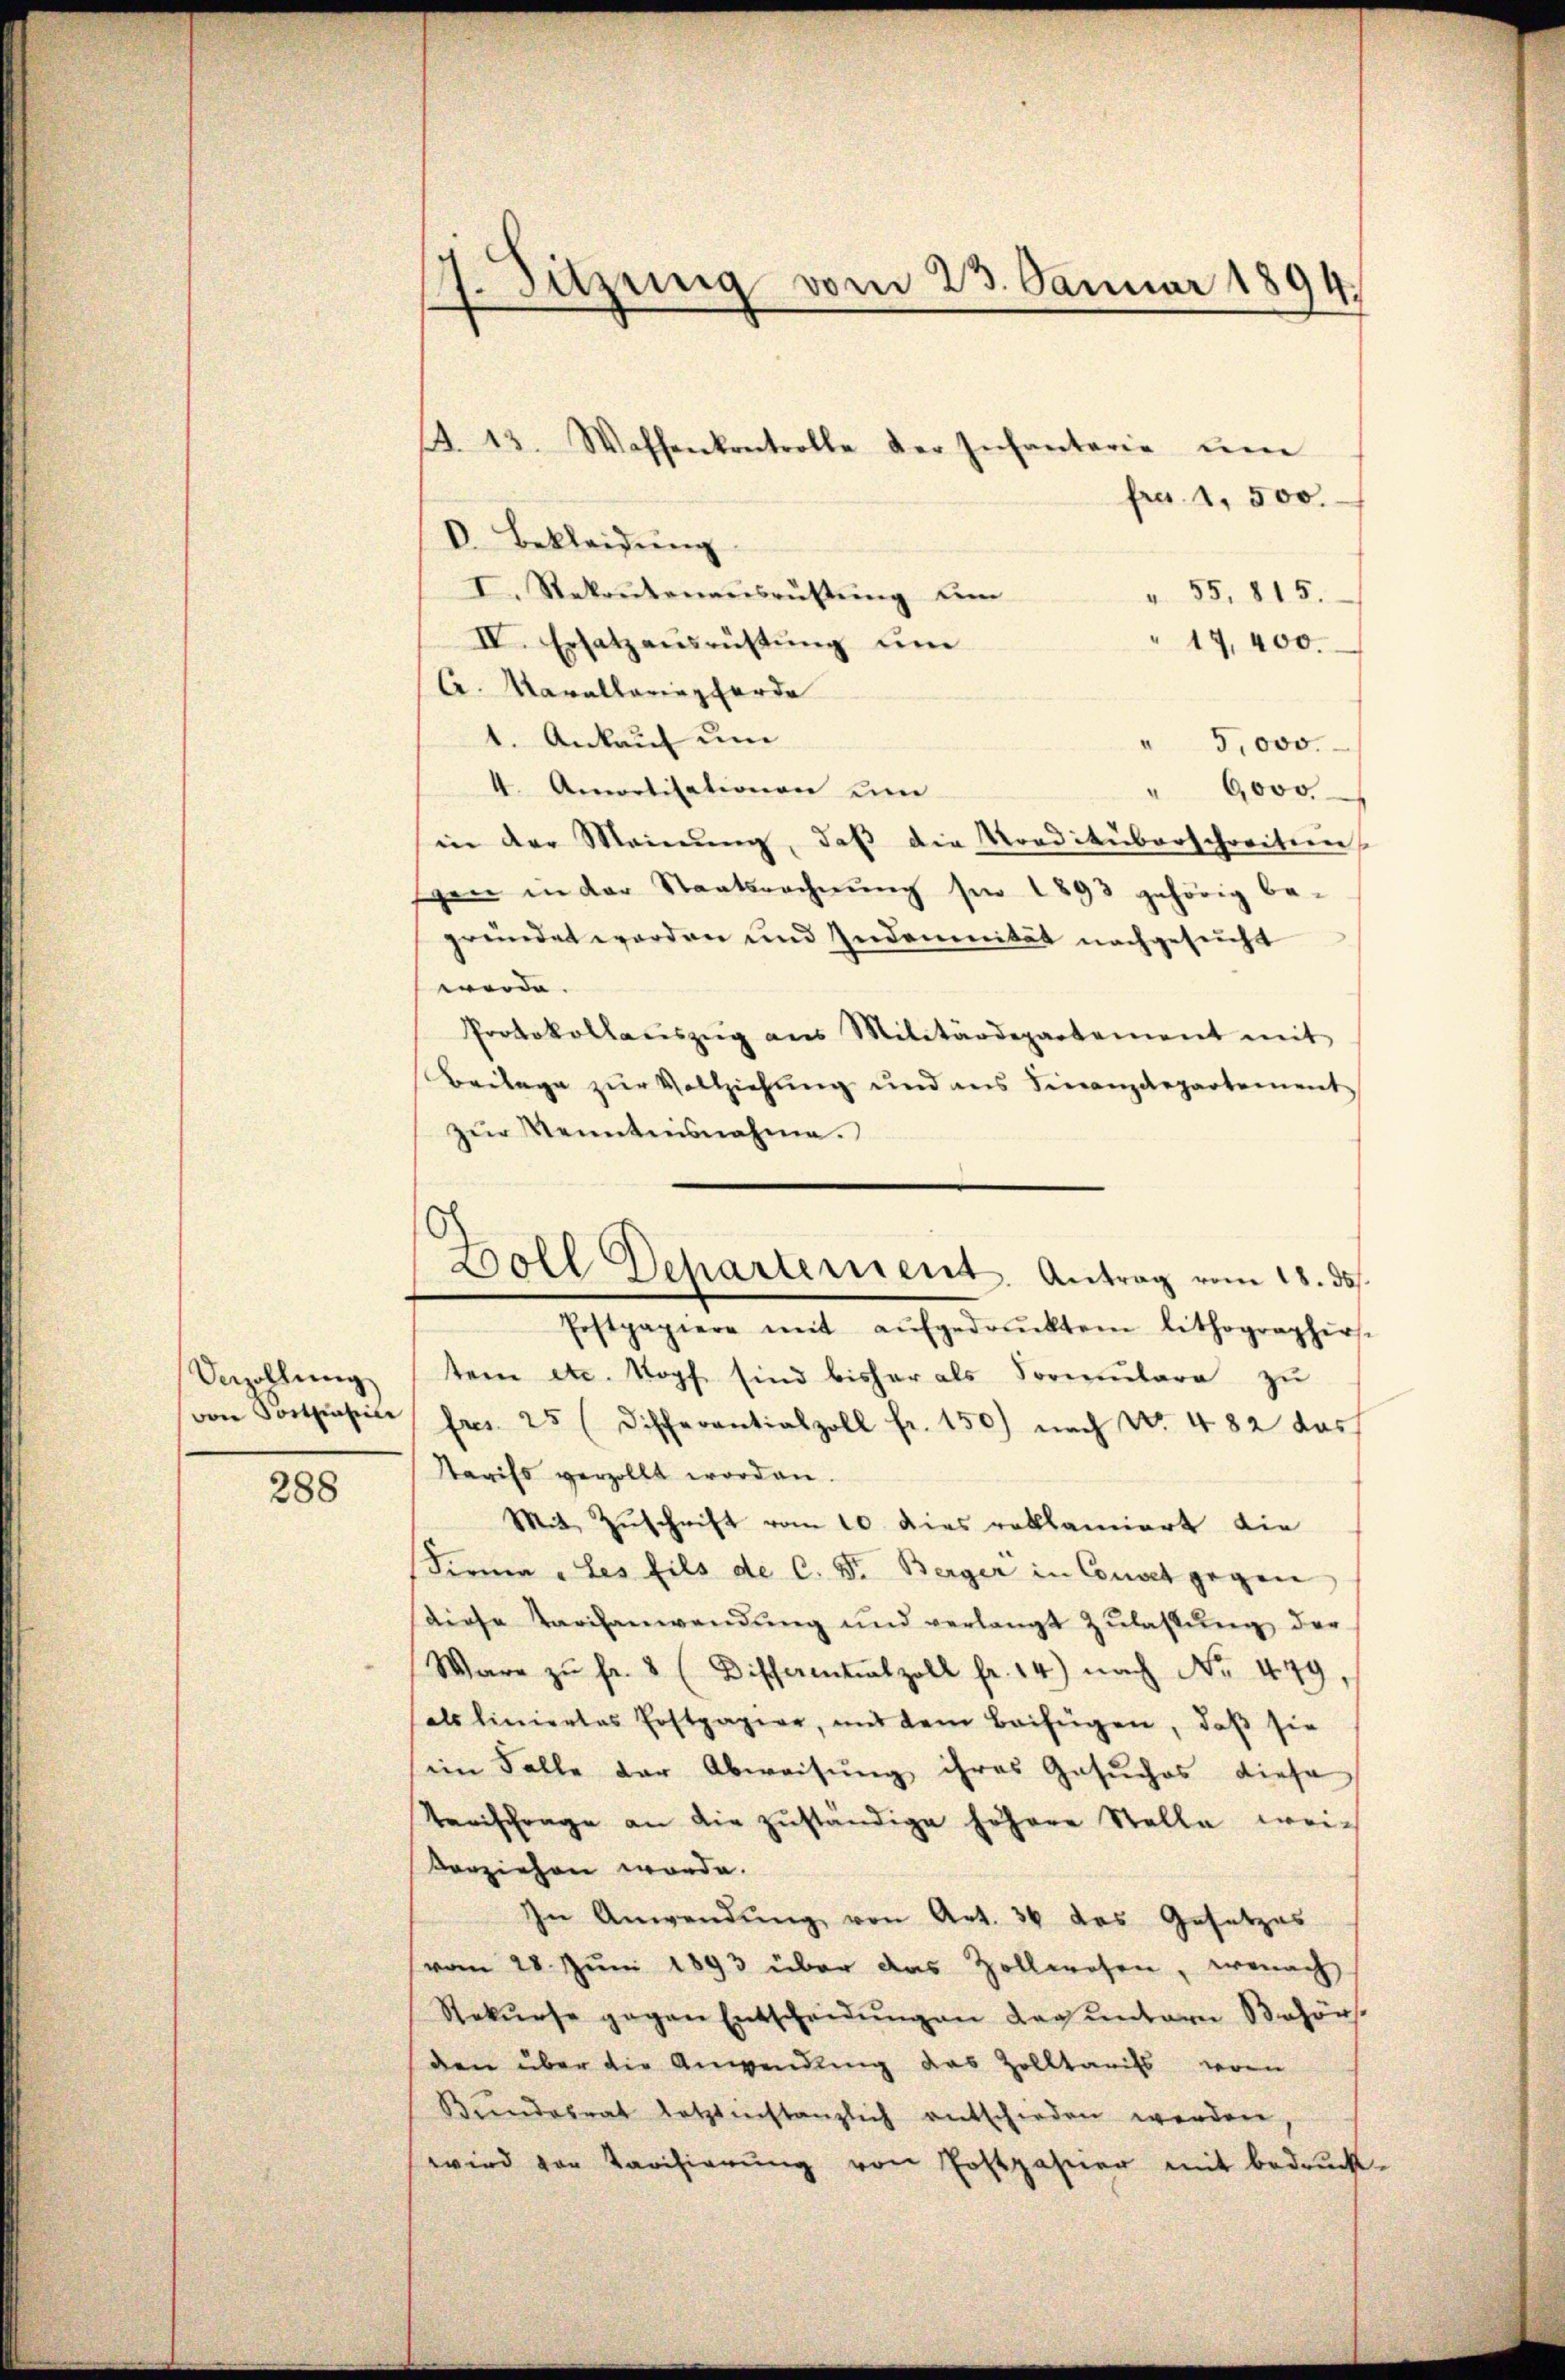
Uezollung

288

17. Sitzung vom 23. Januar 1894.

A. 13. Waffenkontrolle der Infanterie um
fro. 1. 500.
O. Bekleidŭng
I. Rekrutenausrüstŭng de
" 55. 815.
IV. Ersatz ausrüstung um
17,400.
A. Kavallaringforde
1. Ankauf um
" 5,000.
4. Amortisationen um
6,000
in der Meinŭng, daβ die Norditüberschreiten
gen in der Staatsrechnung für 1893 gehörig be-
gründet worden und Indemnität nachgesucht
werde.
Protokollaŭszŭg ans Militärdepartement mit
Beilage zur Vollziehung und aus Finanzdepartement
zur Kenntnisnahme.
tem etc. Kopfe sind bisher als Formulare zu
von Postasie fres. 25 (discherantialzoll fr. 150) nach No. 482 das
Tarifs verzollt worden.
Mit Zŭschrift vom 10. dies reklamiert die
Firma „Les fils de C. F. Berger in Connet gegen
diese Tarifanwendung und verlangt Zulassŭng der
Ware zŭ fr. 2 (Differentialzoll fr. 14) nach No. 449,
als liniertes Erstpapier, mit dem Beifügen, daß sie
iin Falle der Abweisung ihres Gesuches diese
Terischrage an die zŭständige höhere Stelle wei-
vorziehen werde.
In Anwendung von Art. 36 des Gesetzes
vom 28. Juni 1893 über das Zollwesen, wonach
Rekŭrse gegen Entscheidŭngen der untern Behörs
den über die Anwendung das Zolltarifs, wor
Biendesrat letztinstanzlich entschieden werden,
wird von Karisierung von Postzahner mit bedruck-

Boll Departement. Antrag vom 18. ds.
Erstpapiere mit aŭfgedrucktem lithographirs-